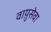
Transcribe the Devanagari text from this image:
वाय़ुसेवा